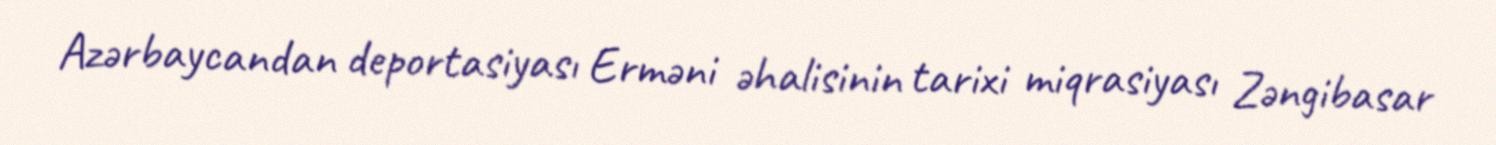
Azərbaycandan deportasiyası Erməni əhalisinin tarixi miqrasiyası Zəngibasar